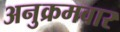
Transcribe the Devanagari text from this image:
अनुक्रमवार